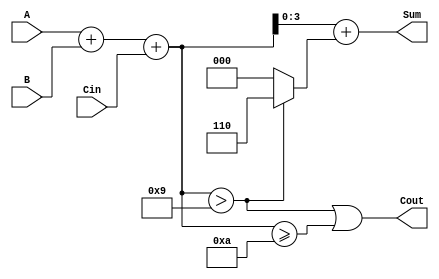
module BCD_Parallel_Adder (
    input  [3:0] A,      // First BCD digit
    input  [3:0] B,      // Second BCD digit
    input         Cin,    // Carry input
    output [3:0] Sum,     // BCD sum output
    output        Cout     // Carry output
);

    wire [4:0] RawSum;    // 5-bit wide to accommodate carry
    wire Correction;       // Indicates if correction is needed

    // Step 1: Calculate the initial sum
    assign RawSum = A + B + Cin;

    // Step 2: Determine if correction is needed
    assign Correction = RawSum > 9; // correction needed if RawSum is greater than 9

    // Step 3: Compute the final sum with correction
    assign Sum = RawSum + (Correction ? 4'b0110 : 4'b0000); // add 6 if correction is needed

    // Step 4: Determine the carry output
    assign Cout = Correction || (RawSum >= 10); // Cout is set if correction is needed or if RawSum >= 10

endmodule